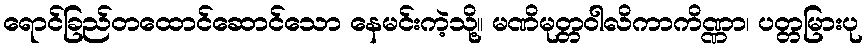
ရောင်ခြည်တထောင်ဆောင်သော နေမင်းကဲ့သို့။ မဏိမုတ္တဝါလိကာကိဏ္ဏာ၊ ပတ္တမြားပု